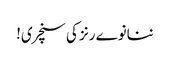
ننانوے رنز کی سنچری!